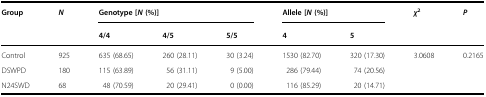
<table><thead><tr><td><b>Group</b></td><td><b><i>N</i></b></td><td colspan="3"><b>Genotype [<i>N</i> (%)]</b></td><td colspan="2"><b>Allele [<i>N</i> (%)]</b></td><td><b><i>χ</i><sup>2</sup></b></td><td><b><i>P</i></b></td></tr><tr><td></td><td></td><td><b>4/4</b></td><td><b>4/5</b></td><td><b>5/5</b></td><td><b>4</b></td><td><b>5</b></td><td></td><td></td></tr></thead><tbody><tr><td>Control</td><td>925</td><td>635 (68.65)</td><td>260 (28.11)</td><td>30 (3.24)</td><td>1530 (82.70)</td><td>320 (17.30)</td><td>3.0608</td><td>0.2165</td></tr><tr><td>DSWPD</td><td>180</td><td>115 (63.89)</td><td>56 (31.11)</td><td>9 (5.00)</td><td>286 (79.44)</td><td>74 (20.56)</td><td></td><td></td></tr><tr><td>N24SWD</td><td>68</td><td>48 (70.59)</td><td>20 (29.41)</td><td>0 (0.00)</td><td>116 (85.29)</td><td>20 (14.71)</td><td></td><td></td></tr></tbody></table>